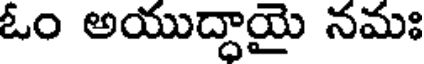
ఓం అయుద్దాయై నమః